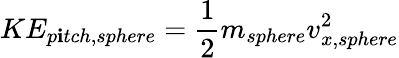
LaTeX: KE_{p\mathbf{i}tch,sphere}=\frac{{1}}{{2}}m_{sphere}v_{x,sphere}^{2}